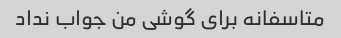
متاسفانه برای گوشی من جواب نداد